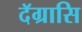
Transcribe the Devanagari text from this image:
दॅग्रासि